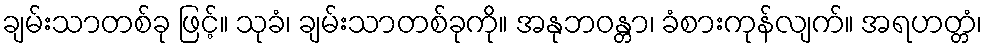
ချမ်းသာတစ်ခု ဖြင့်။ သုခံ၊ ချမ်းသာတစ်ခုကို။ အနုဘဝန္တာ၊ ခံစားကုန်လျက်။ အရဟတ္တံ၊